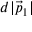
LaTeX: d | { \vec { p } } _ { 1 } |